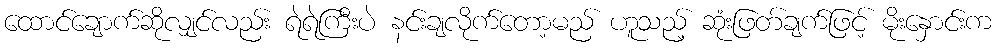
ထောင်ချောက်ဆိုလျှင်လည်း ရဲရဲကြီးပဲ နင်းချလိုက်တော့မည် ဟူသည့် ဆုံးဖြတ်ချက်ဖြင့် မိုးနှောင်းက